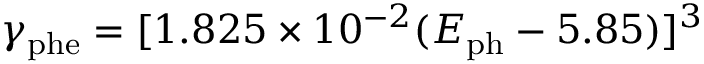
\gamma _ { \mathrm { { { p h e } } } } = [ 1 . 8 2 5 \times 1 0 ^ { - 2 } ( E _ { \mathrm { { p h } } } - 5 . 8 5 ) ] ^ { 3 }